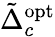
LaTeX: \tilde{\Delta}_{c}^{\mathrm{{opt}}}